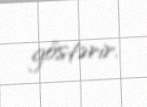
göstərir.